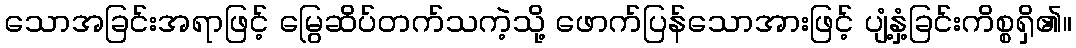
သောအခြင်းအရာဖြင့် မြွေဆိပ်တက်သကဲ့သို့ ဖောက်ပြန်သောအားဖြင့် ပျံ့နှံ့ခြင်းကိစ္စရှိ၏။